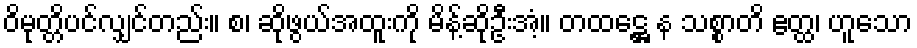
ဝိမုတ္တိပင်လျှင်တည်း။ စ၊ ဆိုဖွယ်အထူးကို မိန့်ဆိုဦးအံ့။ တထဋ္ဌေ န သစ္စာတိ ဧတ္ထ၊ ဟူသော